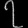
Digit: ၇